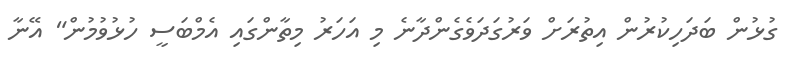
ގުޅުން ބަދަހިކުރުން އިތުރަށް ވަރުގަދަވެގެންދާނެ މި އަހަރު މިތާންގައި އެމްބަސީ ހުޅުވުމުން" އޭނާ